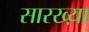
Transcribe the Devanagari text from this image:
सारख्य़ा